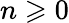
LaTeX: n\geqslant 0